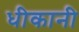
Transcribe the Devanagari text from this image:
धीकानी